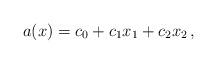
LaTeX: \begin{align*}a(x)=c_0+c_1x_1+c_2x_2\,,\end{align*}